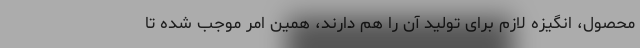
محصول، انگیزه لازم برای تولید آن را هم دارند، همین امر موجب شده تا